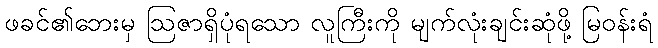
ဖခင်၏ဘေးမှ ဩဇာရှိပုံရသော လူကြီးကို မျက်လုံးချင်းဆုံဖို့ မြဝန်းရံ